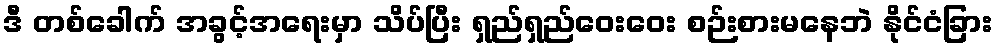
ဒီ တစ်ခေါက် အခွင့်အရေးမှာ သိပ်ပြီး ရှည်ရှည်ဝေးဝေး စဉ်းစားမနေဘဲ နိုင်ငံခြား